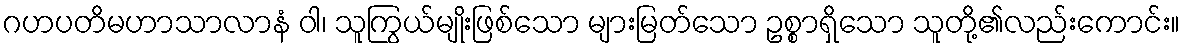
ဂဟပတိမဟာသာလာနံ ဝါ၊ သူကြွယ်မျိုးဖြစ်သော များမြတ်သော ဥစ္စာရှိသော သူတို့၏လည်းကောင်း။